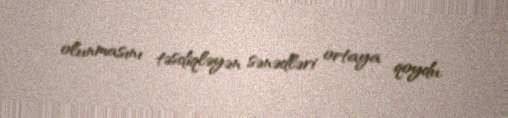
olunmasını təsdiqləyən sənədləri ortaya qoydu.